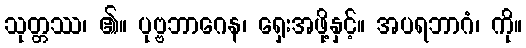
သုတ္တဿ၊ ၏။ ပုဗ္ဗဘာဂေန၊ ရှေးအဖို့နှင့်။ အပရဘာဂံ၊ ကို။